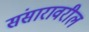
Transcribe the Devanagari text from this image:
संसारावरील